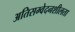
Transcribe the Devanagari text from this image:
अतिसम्वेदनशीलता